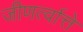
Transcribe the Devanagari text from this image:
जीणर्त्वात्ते